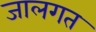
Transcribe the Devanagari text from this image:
जालगत